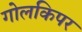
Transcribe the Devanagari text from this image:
गोलकिपर